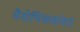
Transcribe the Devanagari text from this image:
वैशेषिकसंमत